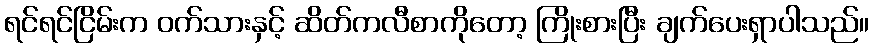
ရင်ရင်ငြိမ်းက ဝက်သားနှင့် ဆိတ်ကလီစာကိုတော့ ကြိုးစားပြီး ချက်ပေးရှာပါသည်။